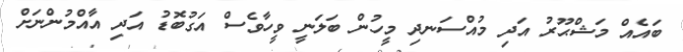
ބައެއް މަޝްޙޫރު އަދި މުއްސަނދި މީހުން ބަލަނީ ވީހާވެސް އަގުބޮޑު އަދި އާއްމުންނަށް